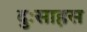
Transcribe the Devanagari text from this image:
दुःसाहस